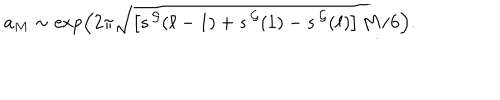
a _ { M } \sim \exp \left( 2 \pi \sqrt { \left[ s ^ { \, \cal G } ( \ell - 1 ) + s ^ { \, \cal G } ( 1 ) - s ^ { \, \cal G } ( \ell ) \right] M / 6 } \right) .